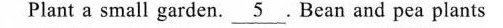
Plant a small garden\underline{5}.Bean and pea plants